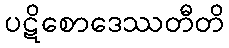
ပဋိစောဒေဿတီတိ